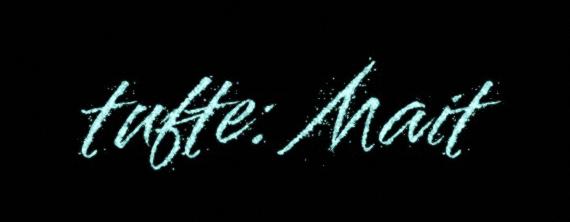
tufte: Mait